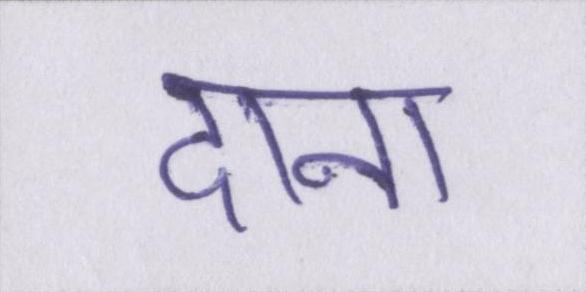
दाना